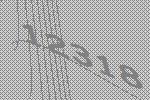
12318